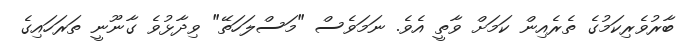
ބާރުވެރިކަމުގެ ތެރެއިން ކަމަށް ވާތީ އެވެ. ނަމަވެސް "މަސްލަހަތޭ" ވިދާޅުވެ ގާނޫނީ ތަރަހައިގެ